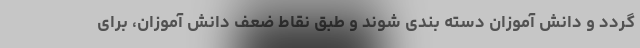
گردد و دانش آموزان دسته بندی شوند و طبق نقاط ضعف دانش آموزان، برای